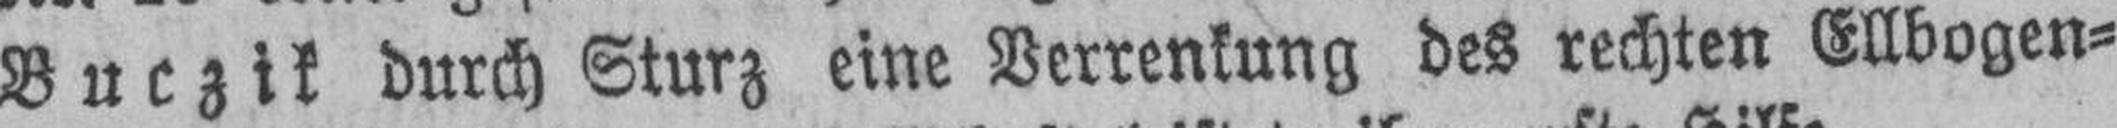
Buczik durch Sturz eine Verrenkung des rechten Ellbogen¬